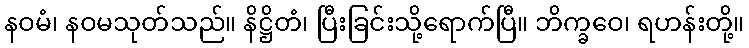
နဝမံ၊ နဝမသုတ်သည်။ နိဋ္ဌိတံ၊ ပြီးခြင်းသို့ရောက်ပြီ။ ဘိက္ခဝေ၊ ရဟန်းတို့။